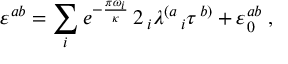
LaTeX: \varepsilon ^ { a b } = \sum _ { i } e ^ { - { \frac { \pi \omega _ { i } } { \kappa } } } \, 2 \, _ { i } { \lambda ^ { \left( a \right. } } _ { i } \tau ^ { \left. b \right) } + \varepsilon _ { 0 } ^ { a b } \; ,